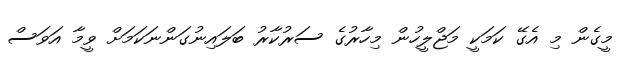
މީގެން މި އެގޭ ކަމަކީ މަޖްލީހުން މިހާރުގެ ސަރުކާރު ބަލައިނުގަންނަކަމަށް ވީމާ އަވަސް